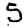
Digit: 5